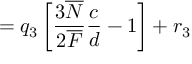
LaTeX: = q _ { 3 } \left[ \frac { 3 \overline { { { N } } } } { 2 \overline { { { F } } } } \frac { c } { d } - 1 \right] + r _ { 3 }